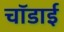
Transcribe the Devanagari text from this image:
चॉडाई